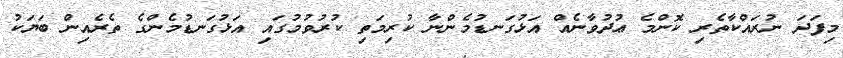
މިފަދަ ނުރައްކާތެރި ކޮންމެ ޢުދުވާނެއް އަޅުގަނޑުމެންނާ ކުރިމަތި ކުރުވުމުގައި އަޅުގަނޑުމެންގެ ތެރެއިން ބަޔަކު